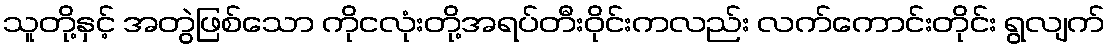
သူတို့နှင့် အတွဲဖြစ်သော ကိုငလုံးတို့အရပ်တီးဝိုင်းကလည်း လက်ကောင်းတိုင်း ရွလျက်